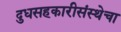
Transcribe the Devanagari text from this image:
दुधसहकारीसंस्थेचा